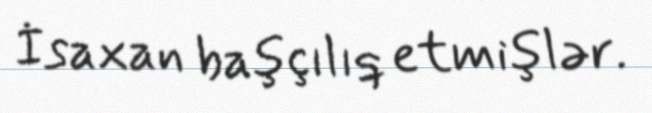
İsaxan başçılıq etmişlər.